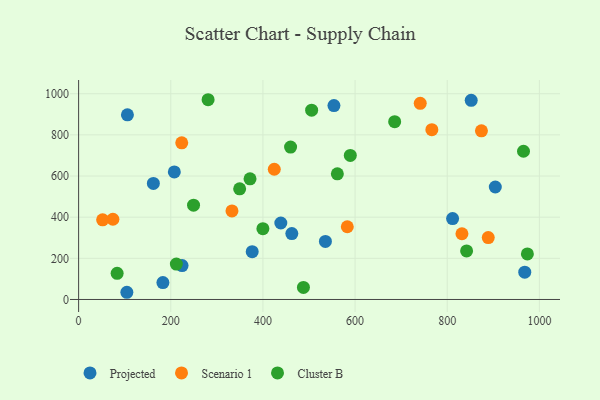
{"axis": {"x": "Distance", "y": "Demand"}, "legend": ["Cluster B", "Projected", "Scenario 1"], "data": [{"x": "904.3", "y": 546.7, "type": "Projected"}, {"x": "852.0", "y": 967.7, "type": "Projected"}, {"x": "438.8", "y": 371.6, "type": "Projected"}, {"x": "811.6", "y": 393.3, "type": "Projected"}, {"x": "105.9", "y": 897.2, "type": "Projected"}, {"x": "535.6", "y": 282.3, "type": "Projected"}, {"x": "968.2", "y": 132.7, "type": "Projected"}, {"x": "462.7", "y": 320.5, "type": "Projected"}, {"x": "224.5", "y": 164.6, "type": "Projected"}, {"x": "376.7", "y": 232.5, "type": "Projected"}, {"x": "162.2", "y": 564.1, "type": "Projected"}, {"x": "207.7", "y": 620.0, "type": "Projected"}, {"x": "104.7", "y": 35.0, "type": "Projected"}, {"x": "554.1", "y": 942.4, "type": "Projected"}, {"x": "182.9", "y": 82.2, "type": "Projected"}, {"x": "766.6", "y": 825.4, "type": "Scenario 1"}, {"x": "424.6", "y": 632.8, "type": "Scenario 1"}, {"x": "583.1", "y": 353.4, "type": "Scenario 1"}, {"x": "74.4", "y": 390.0, "type": "Scenario 1"}, {"x": "874.2", "y": 819.5, "type": "Scenario 1"}, {"x": "889.0", "y": 300.7, "type": "Scenario 1"}, {"x": "52.1", "y": 387.0, "type": "Scenario 1"}, {"x": "831.9", "y": 319.4, "type": "Scenario 1"}, {"x": "332.8", "y": 430.4, "type": "Scenario 1"}, {"x": "741.4", "y": 953.1, "type": "Scenario 1"}, {"x": "223.8", "y": 761.3, "type": "Scenario 1"}, {"x": "505.7", "y": 920.1, "type": "Cluster B"}, {"x": "589.6", "y": 700.3, "type": "Cluster B"}, {"x": "685.9", "y": 864.2, "type": "Cluster B"}, {"x": "249.4", "y": 458.1, "type": "Cluster B"}, {"x": "372.0", "y": 586.5, "type": "Cluster B"}, {"x": "83.6", "y": 127.1, "type": "Cluster B"}, {"x": "973.9", "y": 221.2, "type": "Cluster B"}, {"x": "965.5", "y": 720.4, "type": "Cluster B"}, {"x": "212.1", "y": 171.9, "type": "Cluster B"}, {"x": "842.0", "y": 236.1, "type": "Cluster B"}, {"x": "399.9", "y": 344.0, "type": "Cluster B"}, {"x": "561.5", "y": 610.9, "type": "Cluster B"}, {"x": "487.9", "y": 58.6, "type": "Cluster B"}, {"x": "460.0", "y": 740.8, "type": "Cluster B"}, {"x": "281.0", "y": 970.8, "type": "Cluster B"}, {"x": "349.5", "y": 537.9, "type": "Cluster B"}]}